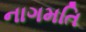
નાગમતિ